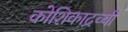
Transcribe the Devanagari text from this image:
कोशिकाद्रव्यी